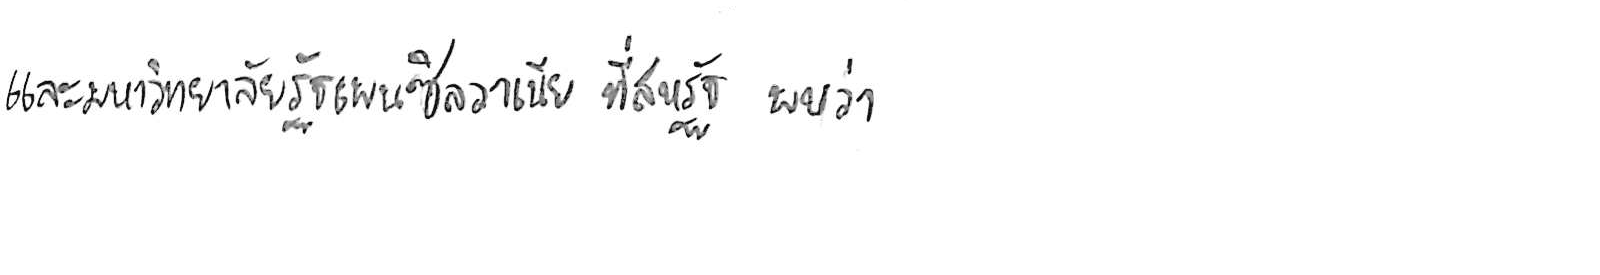
และมหาวิทยาลัยรัฐเพนซิลวาเนีย ที่สหรัฐ พบว่า